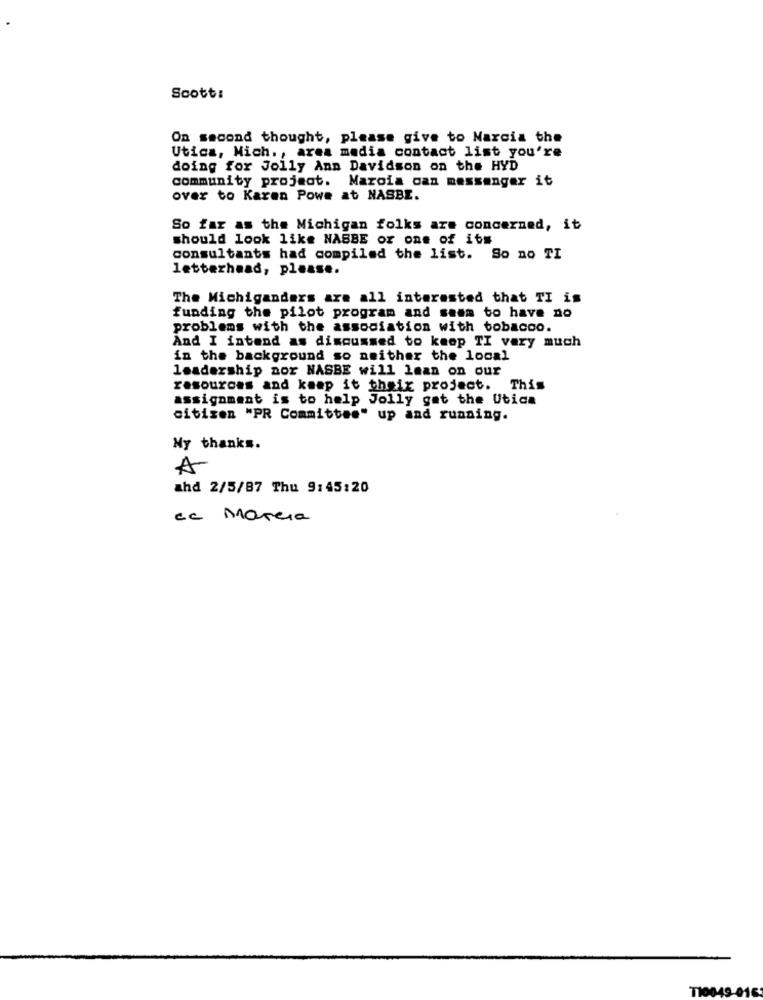
Scott:
On second thought, please give to Narcis the
Utica, Mich ., area media contact list you're
doing for Jolly Ann Davidson on the HYD
community project. Maroia can messenger it
over to Karen Powe at NASBE.
So far as the Michigan folks are concerned, it
should look like NABBE or one of its
consultants had compiled the list. So no TI
letterhead, please.
The Michiganders are all interested that TI is
funding the pilot program and seem to have no
problems with the association with tobacco.
And I intend as discussed to keep TI very much
in the background so neither the local
leadership nor NASBE will lean on our
resources and keep it theix project. This
assignment is to help Jolly get the Utica
citizen "PR Committee" up and running.
My thanks.
A
ahd 2/5/87 Thu 9:45:20
cc Marcia
T10049-016